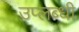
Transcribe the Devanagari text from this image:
उप्लब्धी